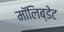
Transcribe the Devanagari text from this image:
मॉलिब्डेट